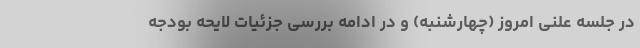
در جلسه علنی امروز (چهارشنبه) و در ادامه بررسی جزئیات لایحه بودجه